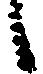
候